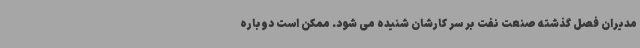
مدیران فصل گذشته صنعت نفت بر سر کارشان شنیده می شود. ممکن است دوباره